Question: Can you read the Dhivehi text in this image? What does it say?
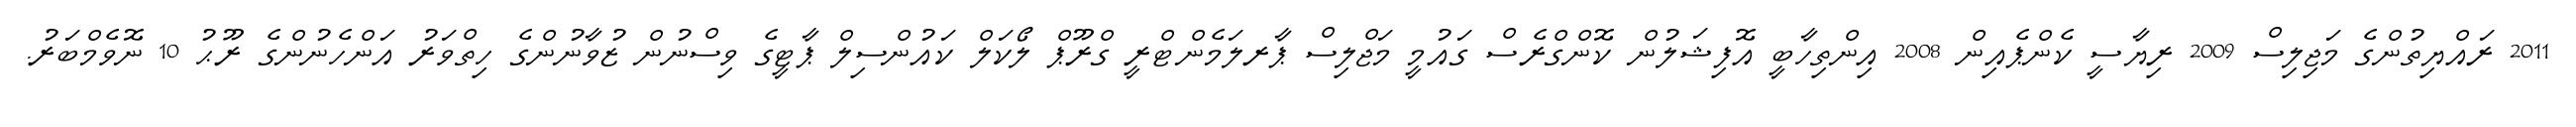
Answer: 2011 ރައްޔިތުންގެ މަޖިލިސް 2009 ރިޔާސީ ކެންޕެއިން 2008 އިންތިހާބީ އޮފިޝަލުން ކޮންގްރެސް ގައުމީ މަޖްލިސް ޕާރލަމެންޓްރީ ގްރޫޕް ލޯކަލް ކައުންސިލް ޕާޓީގެ ވިސްނުން ޒުވާނުންގެ ހިތްވަރު އަންހެނުންގެ ރޫޙު 10 ނޮވެމްބަރު.